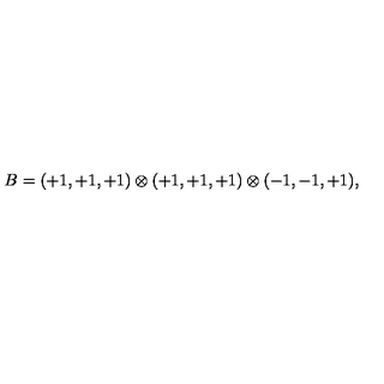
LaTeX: B = ( + 1 , + 1 , + 1 ) \otimes ( + 1 , + 1 , + 1 ) \otimes ( - 1 , - 1 , + 1 ) , \,